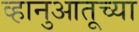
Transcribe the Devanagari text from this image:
व्हानुआतूच्या